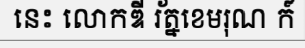
នេះ លោកឌី រ័ត្នខេមរុណ ក៍